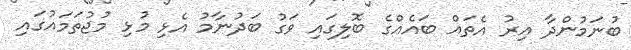
ބުނަމުންދާ އިރު އެތައް ބައެއްގެ ބޮލިގައި ވަގު ބަދުނާމު އެޅި މުޅި މުޖުތަމައުގައި